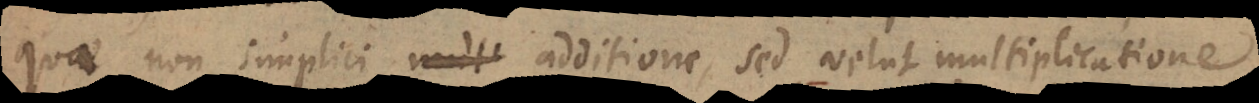
quae non simplici additione, sed velut multiplicatione